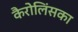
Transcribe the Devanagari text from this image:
कैरोलिंसका